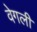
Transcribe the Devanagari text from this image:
वेगली